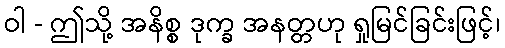
ဝါ - ဤသို့ အနိစ္စ ဒုက္ခ အနတ္တဟု ရှုမြင်ခြင်းဖြင့်၊